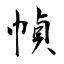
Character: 幀